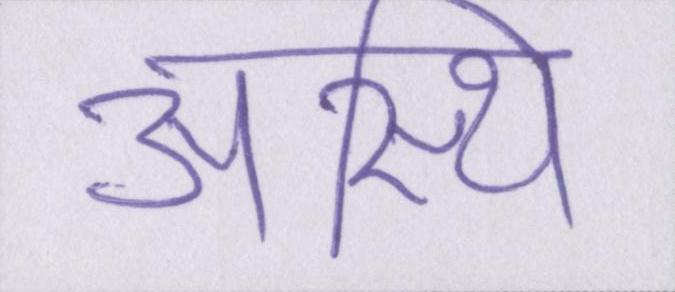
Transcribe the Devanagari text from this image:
अस्थि